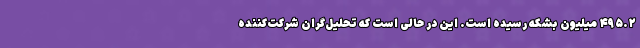
۴۹۵.۲ میلیون بشکه رسیده است. این در حالی است که تحلیل‌گران شرکت‌کننده